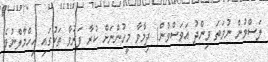
ލަސްވުން ނުވަތަ ވިންދު އަވަސްވުން) ދިމާވާ މީހުންނަށް ކުރާ ފަރުވާ ތަކުގައި އިހްމާލްނުވެ